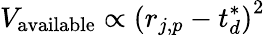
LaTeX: V_{\mathrm{{available}}}\propto\left({r}_{j,p}-{t}_{d}^{*}\right)^{2}